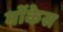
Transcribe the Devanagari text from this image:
मोंकेस